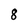
Character: 8